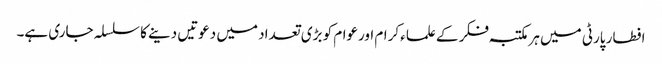
افطار پارٹی میں ہرمکتبہ فکر کے علماء کرام اورعوام کو بڑی تعداد میں دعوتیں دینے کا سلسلہ جاری ہے۔